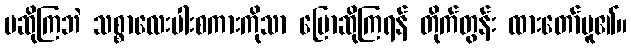
မဆိုကြဘဲ သစ္စာလေးပါးစကားကိုသာ ပြောဆိုကြရန် တိုက်တွန်း ထားတော်မူ၏။